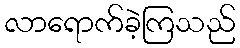
လာရောက်ခဲ့ကြသည်